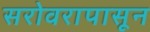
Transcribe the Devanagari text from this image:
सरोवरापासून